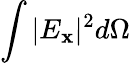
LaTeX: \int{|E_{\mathbf{x}}|^{2}d\Omega}